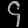
Digit: ၄